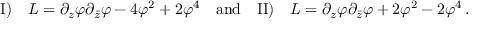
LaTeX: \mathrm { I ) } \quad { \cal L } = \partial _ { z } \varphi \partial _ { \bar { z } } \varphi - 4 \varphi ^ { 2 } + 2 \varphi ^ { 4 } \quad \mathrm { a n d } \quad \mathrm { I I ) } \quad { \cal L } = \partial _ { z } \varphi \partial _ { \bar { z } } \varphi + 2 \varphi ^ { 2 } - 2 \varphi ^ { 4 } \, .